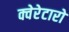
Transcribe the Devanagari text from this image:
क्वेरेटारो